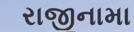
રાજીનામા